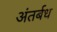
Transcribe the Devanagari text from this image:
अंतर्बध